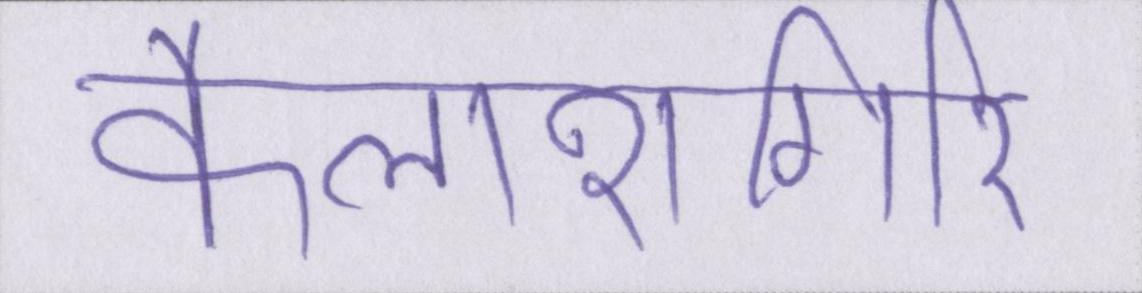
कैलाशगिरि